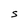
Character: S